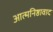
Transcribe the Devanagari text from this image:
आत्मनिष्ठावाद